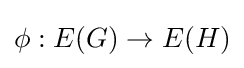
\phi :E(G)\to E(H)